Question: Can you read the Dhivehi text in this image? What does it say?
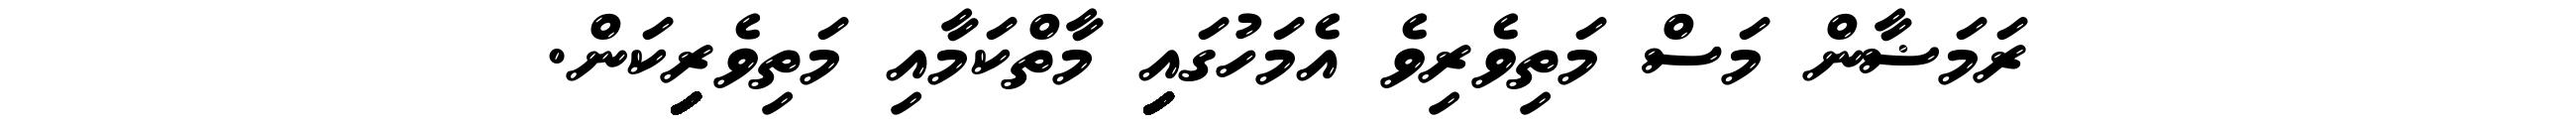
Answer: ރަމަޟާން މަސް މަތިވެރިވެ އެމަހުގައިިިިިިިިިިިިިިިިިިިިިިިިިިިިިިިިިިިިިިިިިިިިި މާތްކަމާއި މަތިވެރިިިިިިިިިިިިިިިިިިިިިިިިިިިިިިިިިިިިިިިިިިިިިިިިިިިިިިިިިިިިިިިިިިިިިިިިިިިިިިިިިިިިިިިިިިިިިިިިިިިިިިިިިިިިިިިިިިިިިިިިިިިިިިިިިިިިިިިިިިިިިިިިިިިިިިިިިިިިިިިިިިިިިިިިިިިިިިިިިިކަން.